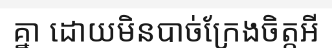
គ្នា ដោយមិនបាច់ក្រែងចិត្តអី